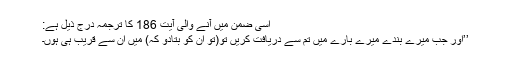
اسی ضمن میں آنے والی آیت 186 کا ترجمہ درج ذیل ہے:
’’اور جب میرے بندے میرے بارے میں تم سے دریافت کریں تو(تو ان کو بتادو کہ) میں ان سے قریب ہی ہوں۔